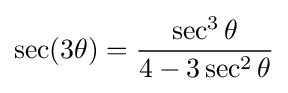
\sec(3\theta )={\frac {\sec ^{3}\theta }{4-3\sec ^{2}\theta }}